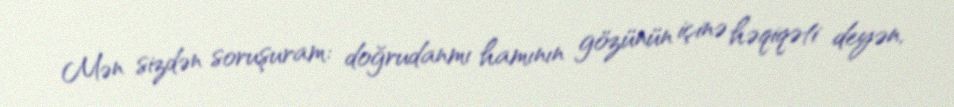
Mən sizdən soruşuram: doğrudanmı hamının gözünün içinə həqiqəti deyən,